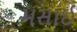
મસાઈ